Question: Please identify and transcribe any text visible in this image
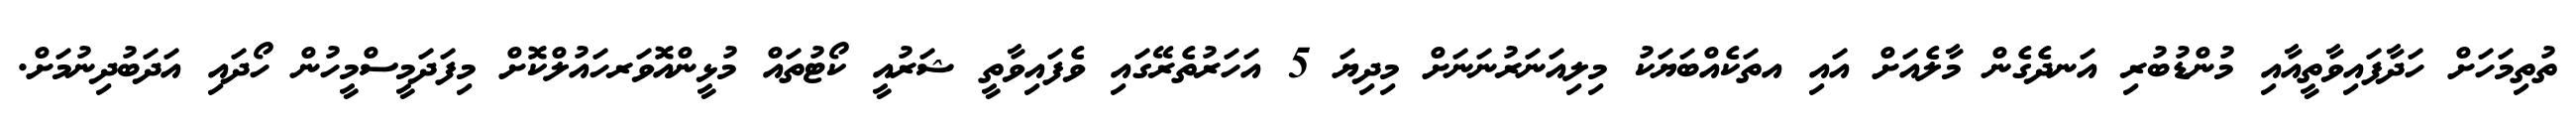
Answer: ތުތިމަހަށް ހަދާފައިވާތީއާއި މުންޑުބުރި އަނދެގެން މާލެއަށް އައި އތަކެއްބަޔަކު މިލިއަނަރުނަނަށް މިދިޔަ 5 އަހަރުތެރޭގައި ވެފައިވާތީ ޝަރުއީ ކޯޓުތައް މުޅީންއޮވަރހައުލްކޮށް މިފަދަމީސްމީހުން ހޯދައި އަދަބުދިނުމަށް.